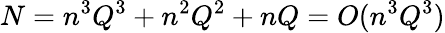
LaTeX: N=n^{3}Q^{3}+n^{2}Q^{2}+nQ=O(n^{3}Q^{3})